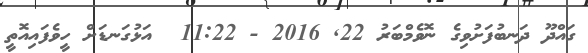
ގައްދޫ ދަނބުފަށުވިގެ ނޮވެމްބަރު 22